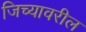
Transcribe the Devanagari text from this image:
जिच्यावरील